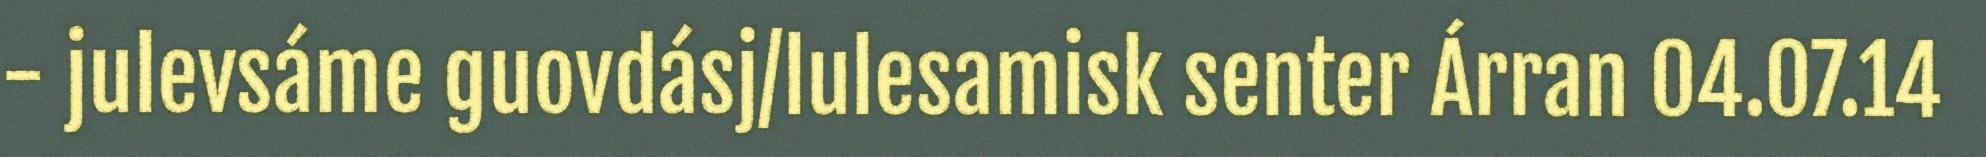
- julevsáme guovdásj/lulesamisk senter Árran 04.07.14